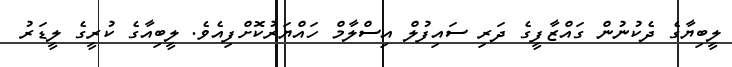
ލީބިޔާގެ ދެކުނުން ގައްޒާފީގެ ދަރި ސައިފުލް އިސްލާމް ހައްޔަރުކޮށްފިއެވެ. ލީބިއާގެ ކުރީގެ ލީޑަރު